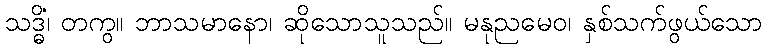
သဒ္ဓိံ၊ တကွ။ ဘာသမာနော၊ ဆိုသောသူသည်။ မနုညမေဝ၊ နှစ်သက်ဖွယ်သော